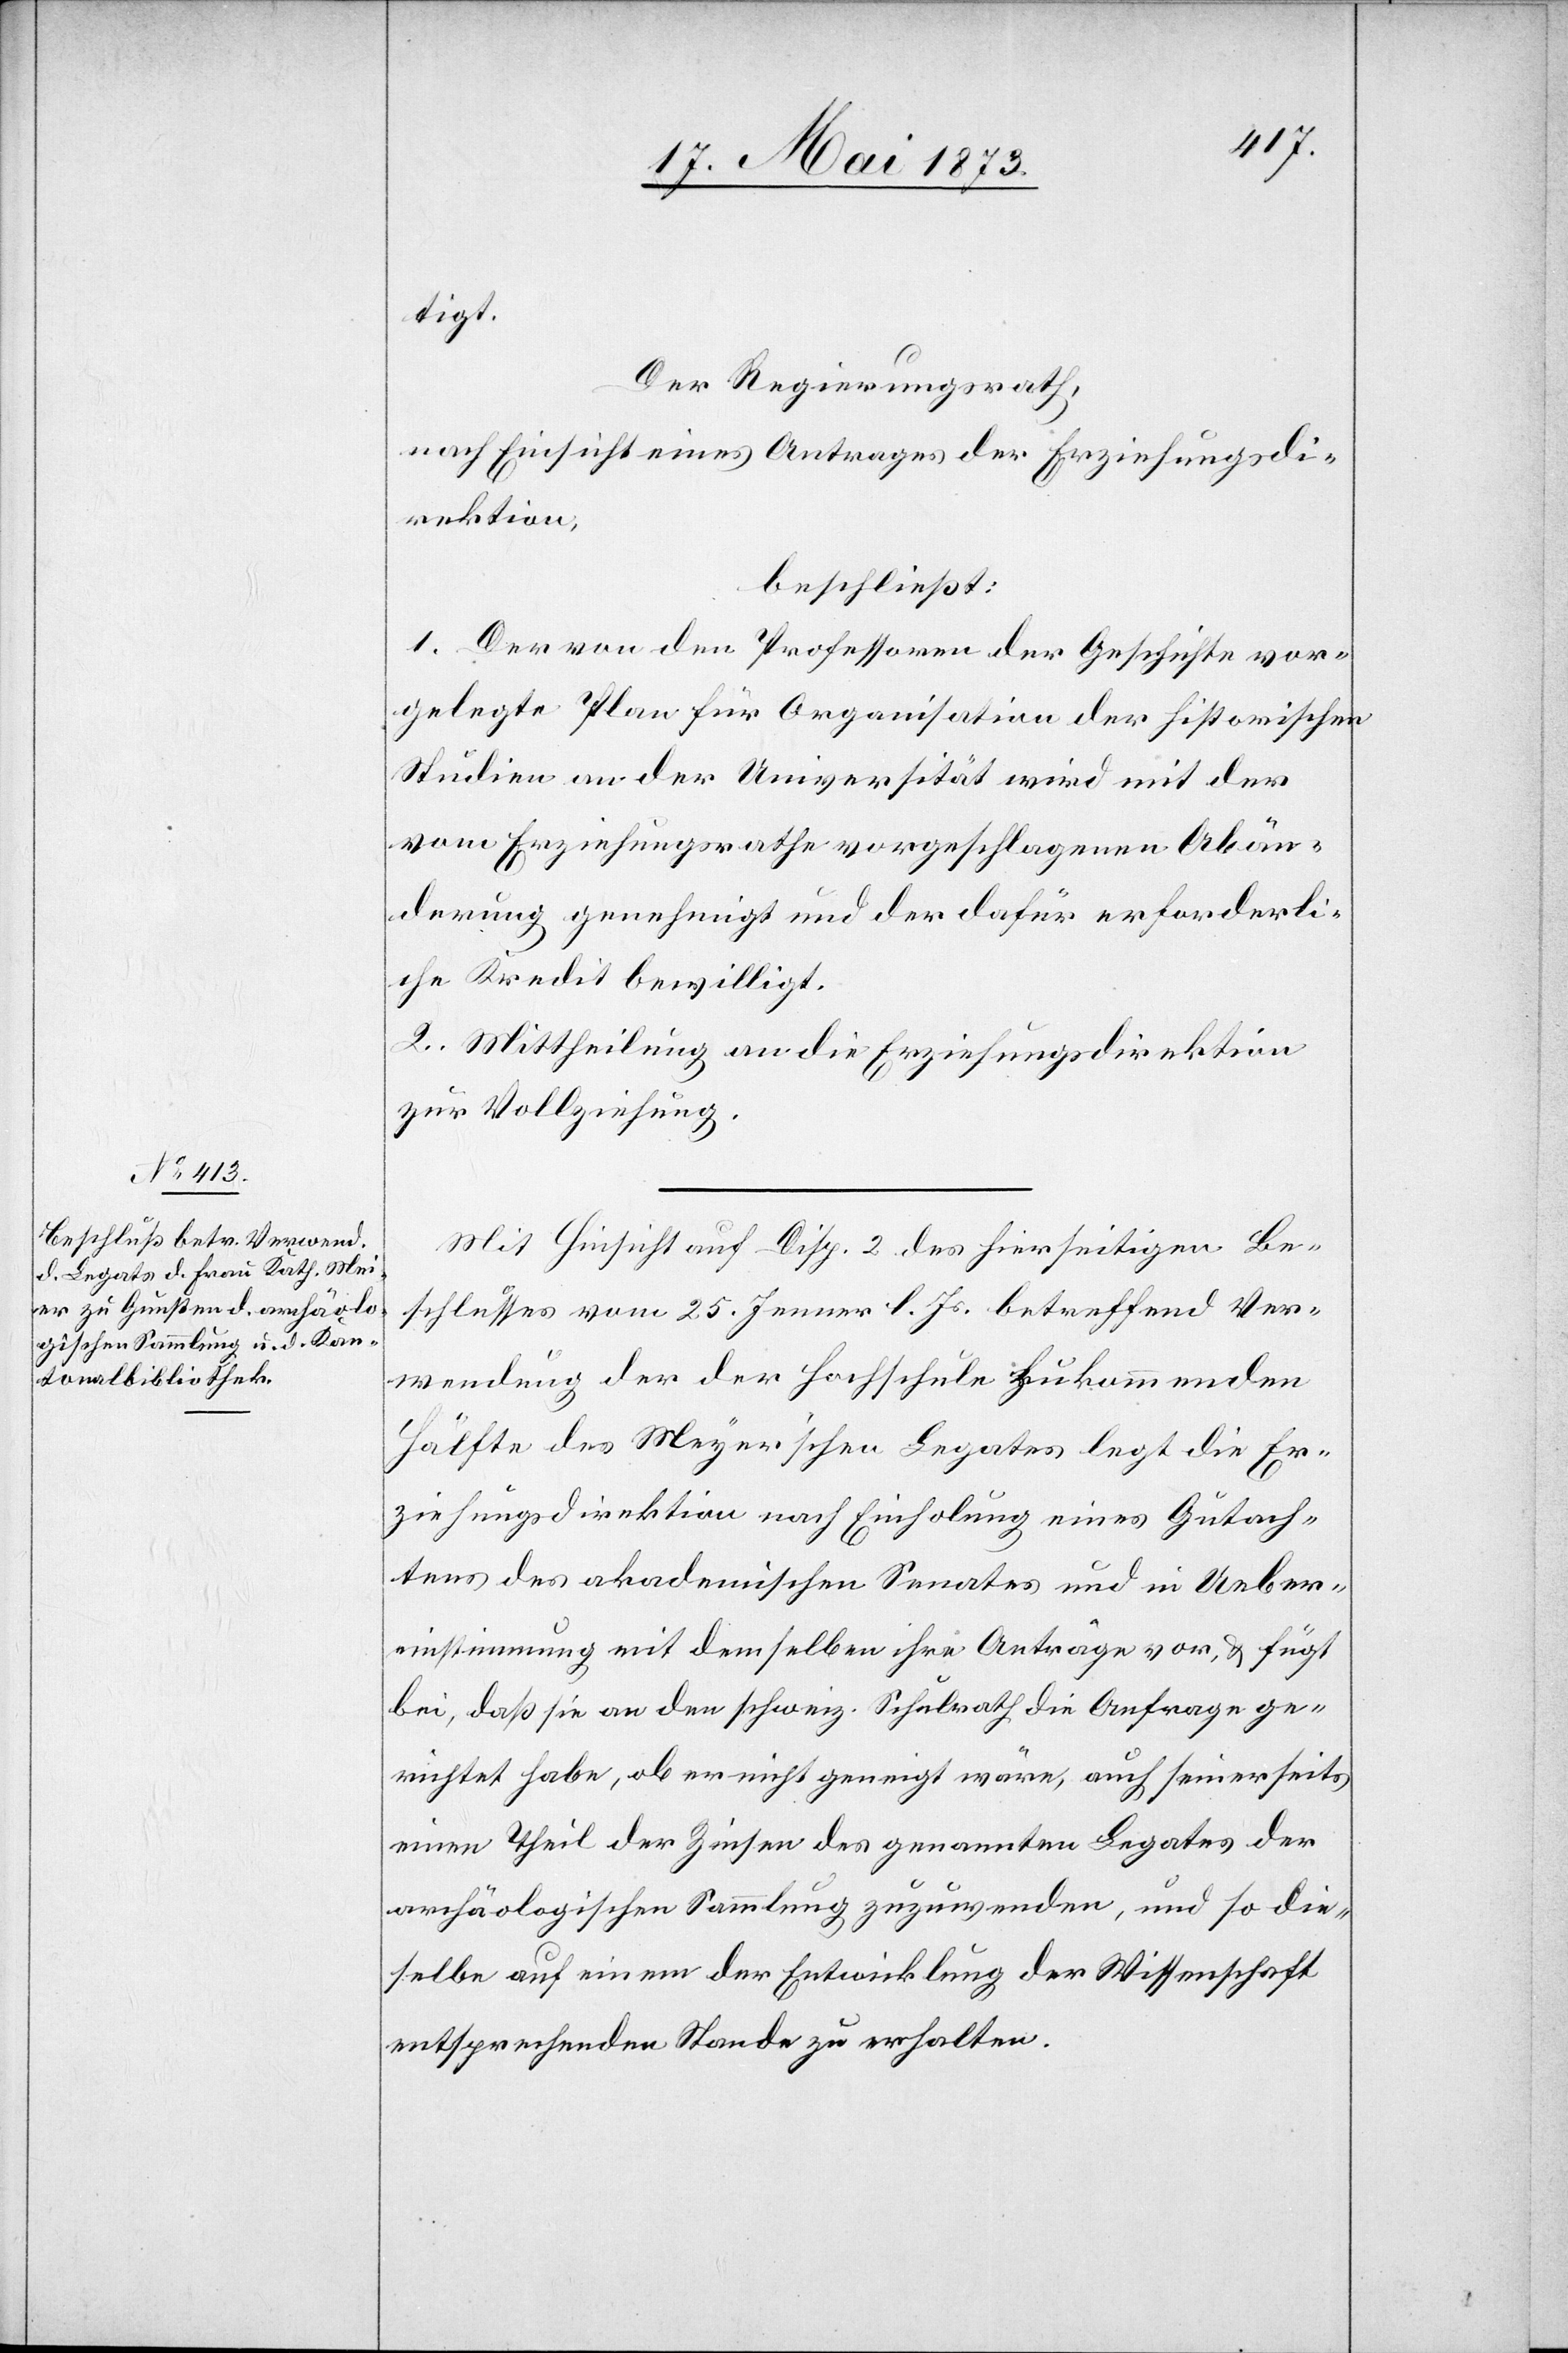
tigt.
Der Regierungsrath,
nach Einsicht eines Antrages der Erziehungsdi¬
rektion,
beschließt:
1. Der von den Professoren der Geschichte vor¬
gelegte Plan für Organisation der historischen
Studien an der Universität wird mit der
vom Erziehungsrathe vorgeschlagenen Abän¬
derung genehmigt und der dafür erforderli¬
che Kredit bewilligt.
2. Mittheilung an die Erziehungsdirektion
zur Vollziehung.
Mit Hinsicht auf Disp. 2 des hierseitigen Be¬
schlusses vom 25. Jenner l. Js. betreffend Ver¬
wendung der der Hochschule zukommenden
Hälfte des Meyer’schen Legates legt die Er¬
ziehungsdirektion nach Einholung eines Gutach¬
tens des akademischen Senates und in Ueber¬
einstimmung mit demselben ihre Anträge vor, & fügt
bei, daß sie an den schweiz. Schulrath die Anfrage ge¬
richtet habe, ob er nicht geneigt wäre, auch seinerseits
einen Theil der Zinsen des genannten Legates der
archäologischen Sammlung zuzuwenden, und so die¬
selben auf einem der Entwicklung der Wissenschaft
entsprechenden Stande zu erhalten.